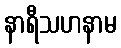
နာရီသဟနာမ